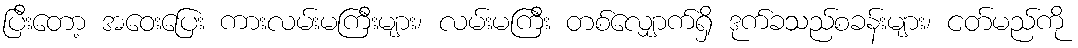
ပြီးတော့ အဝေးပြေး ကားလမ်းမကြီးများ၊ လမ်းမကြီး တစ်လျှောက်ရှိ ဒုက်ခသည်စခန်းများ၊ ငတ်မည်ကို